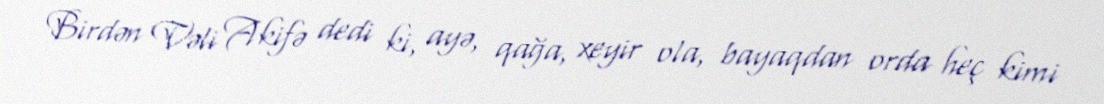
Birdən Vəli Akifə dedi ki, ayə, qağa, xeyir ola, bayaqdan orda heç kimi